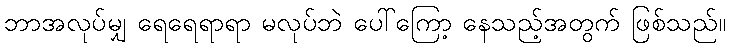
ဘာအလုပ်မျှ ရေရေရာရာ မလုပ်ဘဲ ပေါ်ကြော့ နေသည့်အတွက် ဖြစ်သည်။